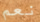
نعم